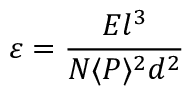
\varepsilon = \frac { E l ^ { 3 } } { N \langle P \rangle ^ { 2 } d ^ { 2 } }